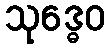
သုဒ္ဓေဝ